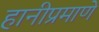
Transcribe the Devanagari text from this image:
हानीप्रमाणे